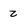
Character: z